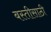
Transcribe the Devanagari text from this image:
बस्तीसाठी